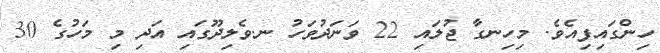
ހިންގައިފިއެވެ. މިހިިނގާ ޖުލައި 22 ވަނަދުވަހު ނ.ވެލިދޫގައި އަދި މި މަހުގެ 30